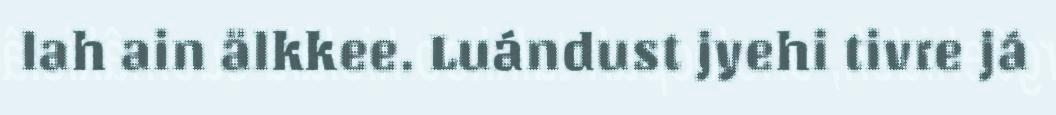
lah ain älkkee. Luándust jyehi tivre já